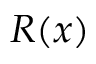
R ( x )